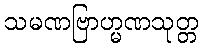
သမဏဗြာဟ္မဏသုတ္တ